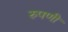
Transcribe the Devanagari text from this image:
रुपणी